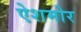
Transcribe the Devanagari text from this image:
ऐशमोर